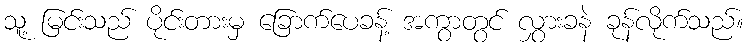
သူ့ မြင်းသည် ပိုင်းတားမှ ခြောက်ပေခန့် အကွာတွင် လွှားခနဲ ခုန်လိုက်သည်။